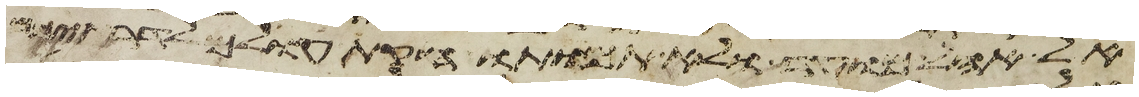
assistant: אל אהל מועד ולא תמותו חקת עולם לדרתיכם